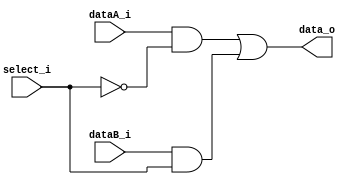
// 1-bit MUX 2 to 1

module Selector(data_o, dataA_i, dataB_i, select_i);
    input dataA_i, dataB_i, select_i;
    output data_o;

    wire data_o, dataA_i, dataB_i, select_i;

    // Internal wires declaration
    wire neg_select_i, w1, w2;

    not(neg_select_i, select_i);
    and(w1, dataA_i, neg_select_i);
    and(w2, dataB_i, select_i);
    or(data_o, w1, w2);

endmodule